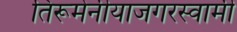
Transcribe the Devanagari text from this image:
तिरूमेनीयाजगरस्वामी